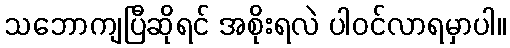
သဘောကျပြီဆိုရင် အစိုးရလဲ ပါဝင်လာရမှာပါ။